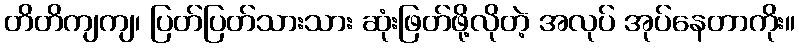
တိတိကျကျ၊ ပြတ်ပြတ်သားသား ဆုံးဖြတ်ဖို့လိုတဲ့ အလုပ် အုပ်နေတာကိုး။